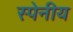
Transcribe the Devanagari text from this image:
स्पेनीय